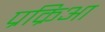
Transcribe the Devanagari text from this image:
प्रक्रिआ